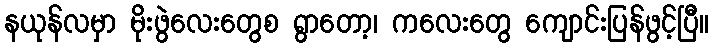
နယုန်လမှာ မိုးဖွဲလေးတွေစ ရွာတော့၊ ကလေးတွေ ကျောင်းပြန်ဖွင့်ပြီ။